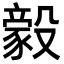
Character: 𬆲